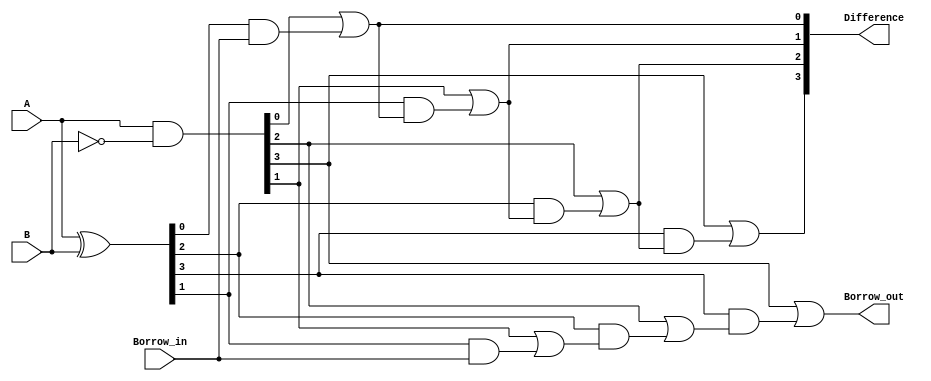
module carry_lookahead_subtractor (
    input [3:0] A,
    input [3:0] B,
    input Borrow_in,
    output [3:0] Difference,
    output Borrow_out
);

wire [3:0] G, P, C, D;

assign G = A & ~B;
assign P = A ^ B;
assign C[0] = Borrow_in;
assign D[0] = G[0] | (P[0] & Borrow_in);

genvar i;

generate
    for (i = 1; i < 4; i = i + 1) begin : gen_block
        assign C[i] = G[i] | (P[i] & C[i-1]);
        assign D[i] = G[i] | (P[i] & D[i-1]);
    end
endgenerate

assign Difference = D;
assign Borrow_out = C[3];

endmodule